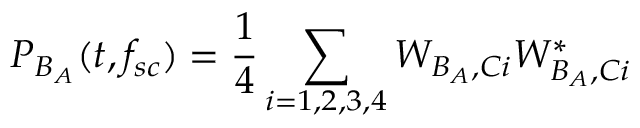
P _ { B _ { A } } ( t , f _ { s c } ) = \frac { 1 } { 4 } \sum _ { i = 1 , 2 , 3 , 4 } W _ { B _ { A } , C i } W _ { B _ { A } , C i } ^ { * }